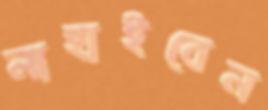
নাহাইবেন